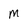
Character: m